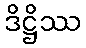
ဒိဋ္ဌိဿ